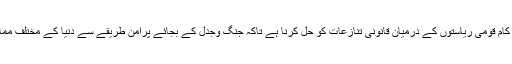
دنیا کی اس سب سے بڑی عدالت کا بنیادی کام قومی ریاستوں کے درمیان قانونی تنازعات کو حل کرنا ہے تاکہ جنگ وجدل کے بجائے پرامن طریقے سے دنیا کے مختلف ممالک کے درمیان تنازعات کو حل کیا جائے۔